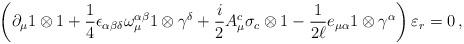
LaTeX: \begin{align*}\left( \partial_\mu 1\otimes 1 +\frac{1}{4} \epsilon_{\alpha \beta \delta }\omega^{\alpha \beta}_{\mu} 1\otimes \gamma^{\delta} +\frac{i}{2} A^{c}_{\mu} \sigma_c \otimes 1 - \frac{1}{2\ell} e_{\mu\alpha}1\otimes \gamma^{\alpha} \right) \varepsilon_r = 0 \, , \end{align*}